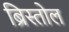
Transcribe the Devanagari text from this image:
ब्रिस्तोल